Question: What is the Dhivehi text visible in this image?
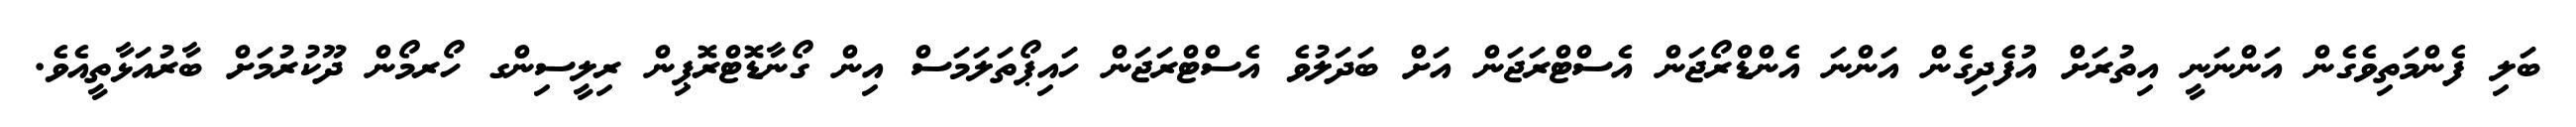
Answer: ބަލި ފެންމަތިވެގެން އަންނަނީ އިތުރަށް އުފެދިގެން އަންނަ އެންޑްރޯޖަން އެސްޓްރަޖަން އަށް ބަދަލުވެ އެސްޓްރަޖަން ހައިޕޯތަލަމަސް އިން ގޯނާޑޮޓްރޮޕިން ރިލީސިންގ ހޯރމޯން ދޫކުރުމަށް ބާރުއަޅާތީއެވެ.